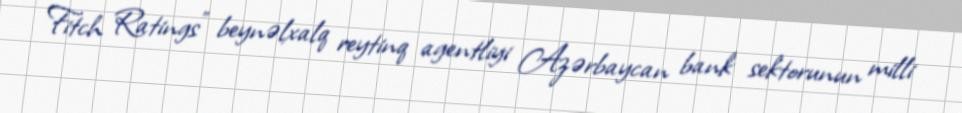
Fitch Ratings" beynəlxalq reytinq agentliyi Azərbaycan bank sektorunun milli